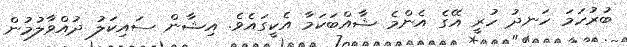
ބުރުހަމަ ހަނދު ހުރީ އޭގެ އެންމެ ޝާއްބަކަމާ އެކީގައެވެ. އިޝާން ސައިކަލު ދުއްވާލުމުން